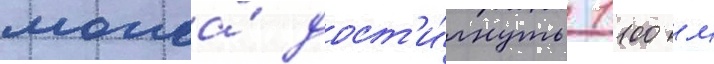
могла́ дост'и́гнуть 1100 м